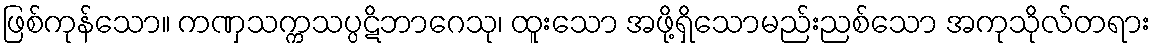
ဖြစ်ကုန်သော။ ကဏှသက္ကသပ္ပဋိဘာဂေသု၊ ထူးသော အဖို့ရှိသောမည်းညစ်သော အကုသိုလ်တရား